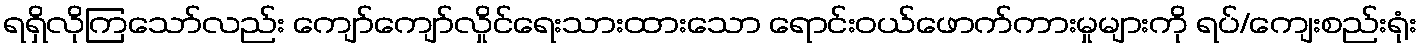
ရရှိလိုကြသော်လည်း ကျော်ကျော်လှိုင်ရေးသားထားသော ရောင်းဝယ်ဖောက်ကားမှုများကို ရပ်/ကျေးစည်းရုံး